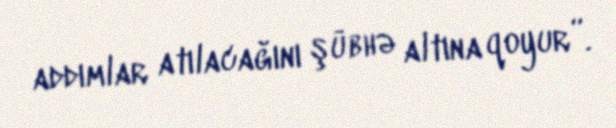
addımlar atılacağını şübhə altına qoyur”.